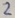
Text: 2